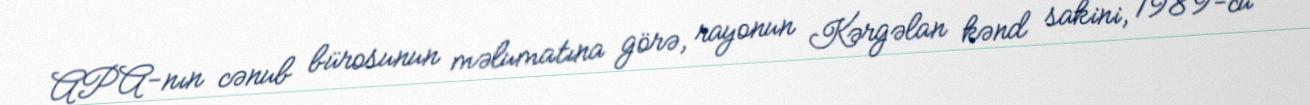
APA-nın cənub bürosunun məlumatına görə, rayonun Kərgəlan kənd sakini, 1989-cu